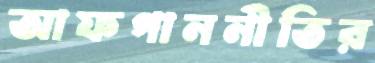
আফগাননীতির